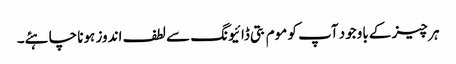
ہر چیز کے باوجود آپ کو موم بتی ڈائیونگ سے لطف اندوز ہونا چاہئے۔